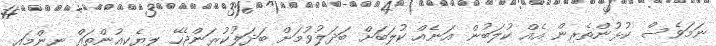
ނަމަވެސް ކުޅުންތެރިން އެއް ކުލަބުން އަނެއް ކުލަބަށް ބަދަލުވުމަށް ބަދަލުކުރަންޖެހޭ ލިޔެކިއުންތައް ނިންމައި